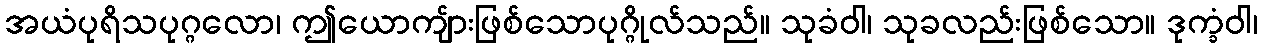
အယံပုရိသပုဂ္ဂလော၊ ဤယောကျ်ားဖြစ်သောပုဂ္ဂိုလ်သည်။ သုခံဝါ၊ သုခလည်းဖြစ်သော။ ဒုက္ခံဝါ၊